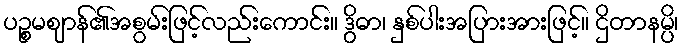
ပဉ္စမဈာန်၏အစွမ်းဖြင့်လည်းကောင်း။ ဒွိဓာ၊ နှစ်ပါးအပြားအားဖြင့်။ ဌိတာနမ္ပိ၊